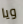
ويا